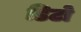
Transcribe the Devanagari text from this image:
डिटो